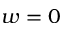
w = 0